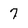
Character: 7